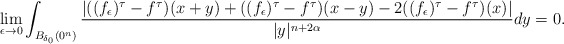
\begin{align*}\lim\limits_{\epsilon\to0}\int_{B_{\delta_0}(0^n)}\frac{|((f_{\epsilon})^{\tau}-f^{\tau})(x+y)+((f_{\epsilon})^{\tau}-f^{\tau})(x-y)-2((f_{\epsilon})^{\tau}-f^{\tau})(x)|}{|y|^{n+2\alpha}}dy=0.\end{align*}